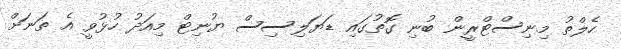
ހެލްތު މިނިސްޓްރީން ބުނި ގޮތުގައި ޑަޔަލިސިސް ޔުނިޓް މިއަދު ހުޅުވީ އެ ތަނަށް